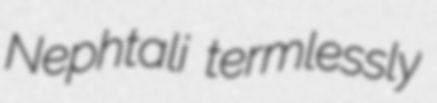
Nephtali termlessly